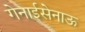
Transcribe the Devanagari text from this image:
गेनाईसेनाऊ